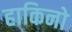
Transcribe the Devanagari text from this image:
हाकिनो